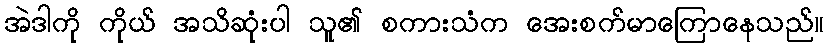
အဲဒါကို ကိုယ် အသိဆုံးပါ သူ၏ စကားသံက အေးစက်မာကြောနေသည်။